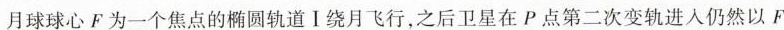
月球球心F为一个焦点的椭圆轨道I绕月飞行，之后卫星在P点第二次变轨进入仍然以F